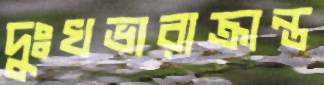
দুঃখভারাক্রান্ত